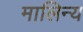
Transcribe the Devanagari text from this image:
मालिन्य